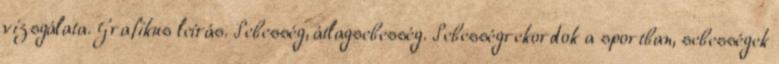
vizsgálata. Grafikus leírás. Sebesség, átlagsebesség. Sebességrekordok a sportban, sebességek